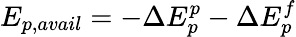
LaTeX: E_{p,avail}=-\Delta E_{p}^{p}-\Delta E_{p}^{f}